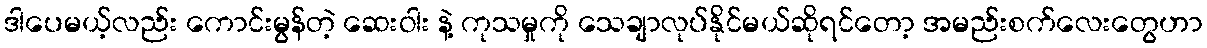
ဒါပေမယ့်လည်း ကောင်းမွန်တဲ့ ဆေးဝါး နဲ့ ကုသမှုကို သေချာလုပ်နိုင်မယ်ဆိုရင်တော့ အမည်းစက်လေးတွေဟာ